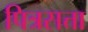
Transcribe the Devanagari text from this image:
पित्रसत्ता